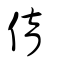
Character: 俼